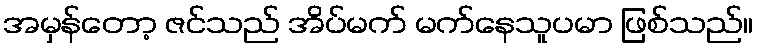
အမှန်တော့ ဇင်သည် အိပ်မက် မက်နေသူပမာ ဖြစ်သည်။